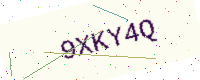
Text: 9XKY4Q